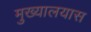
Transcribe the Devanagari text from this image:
मुख्यालयास